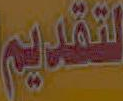
لتقديم